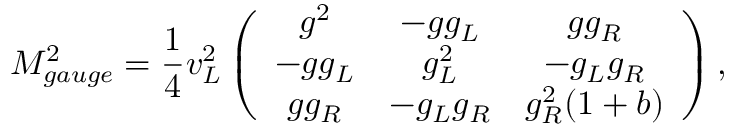
M _ { g a u g e } ^ { 2 } = \frac { 1 } { 4 } { v _ { L } ^ { 2 } } \left( \begin{array} { c c c } { { g ^ { 2 } } } & { { - g g _ { L } } } & { { g g _ { R } } } \\ { { - g g _ { L } } } & { { g _ { L } ^ { 2 } } } & { { - g _ { L } g _ { R } } } \\ { { g g _ { R } } } & { { - g _ { L } g _ { R } } } & { { g _ { R } ^ { 2 } ( 1 + b ) } } \end{array} \right) ,